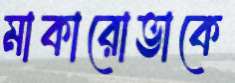
মাকারোভাকে